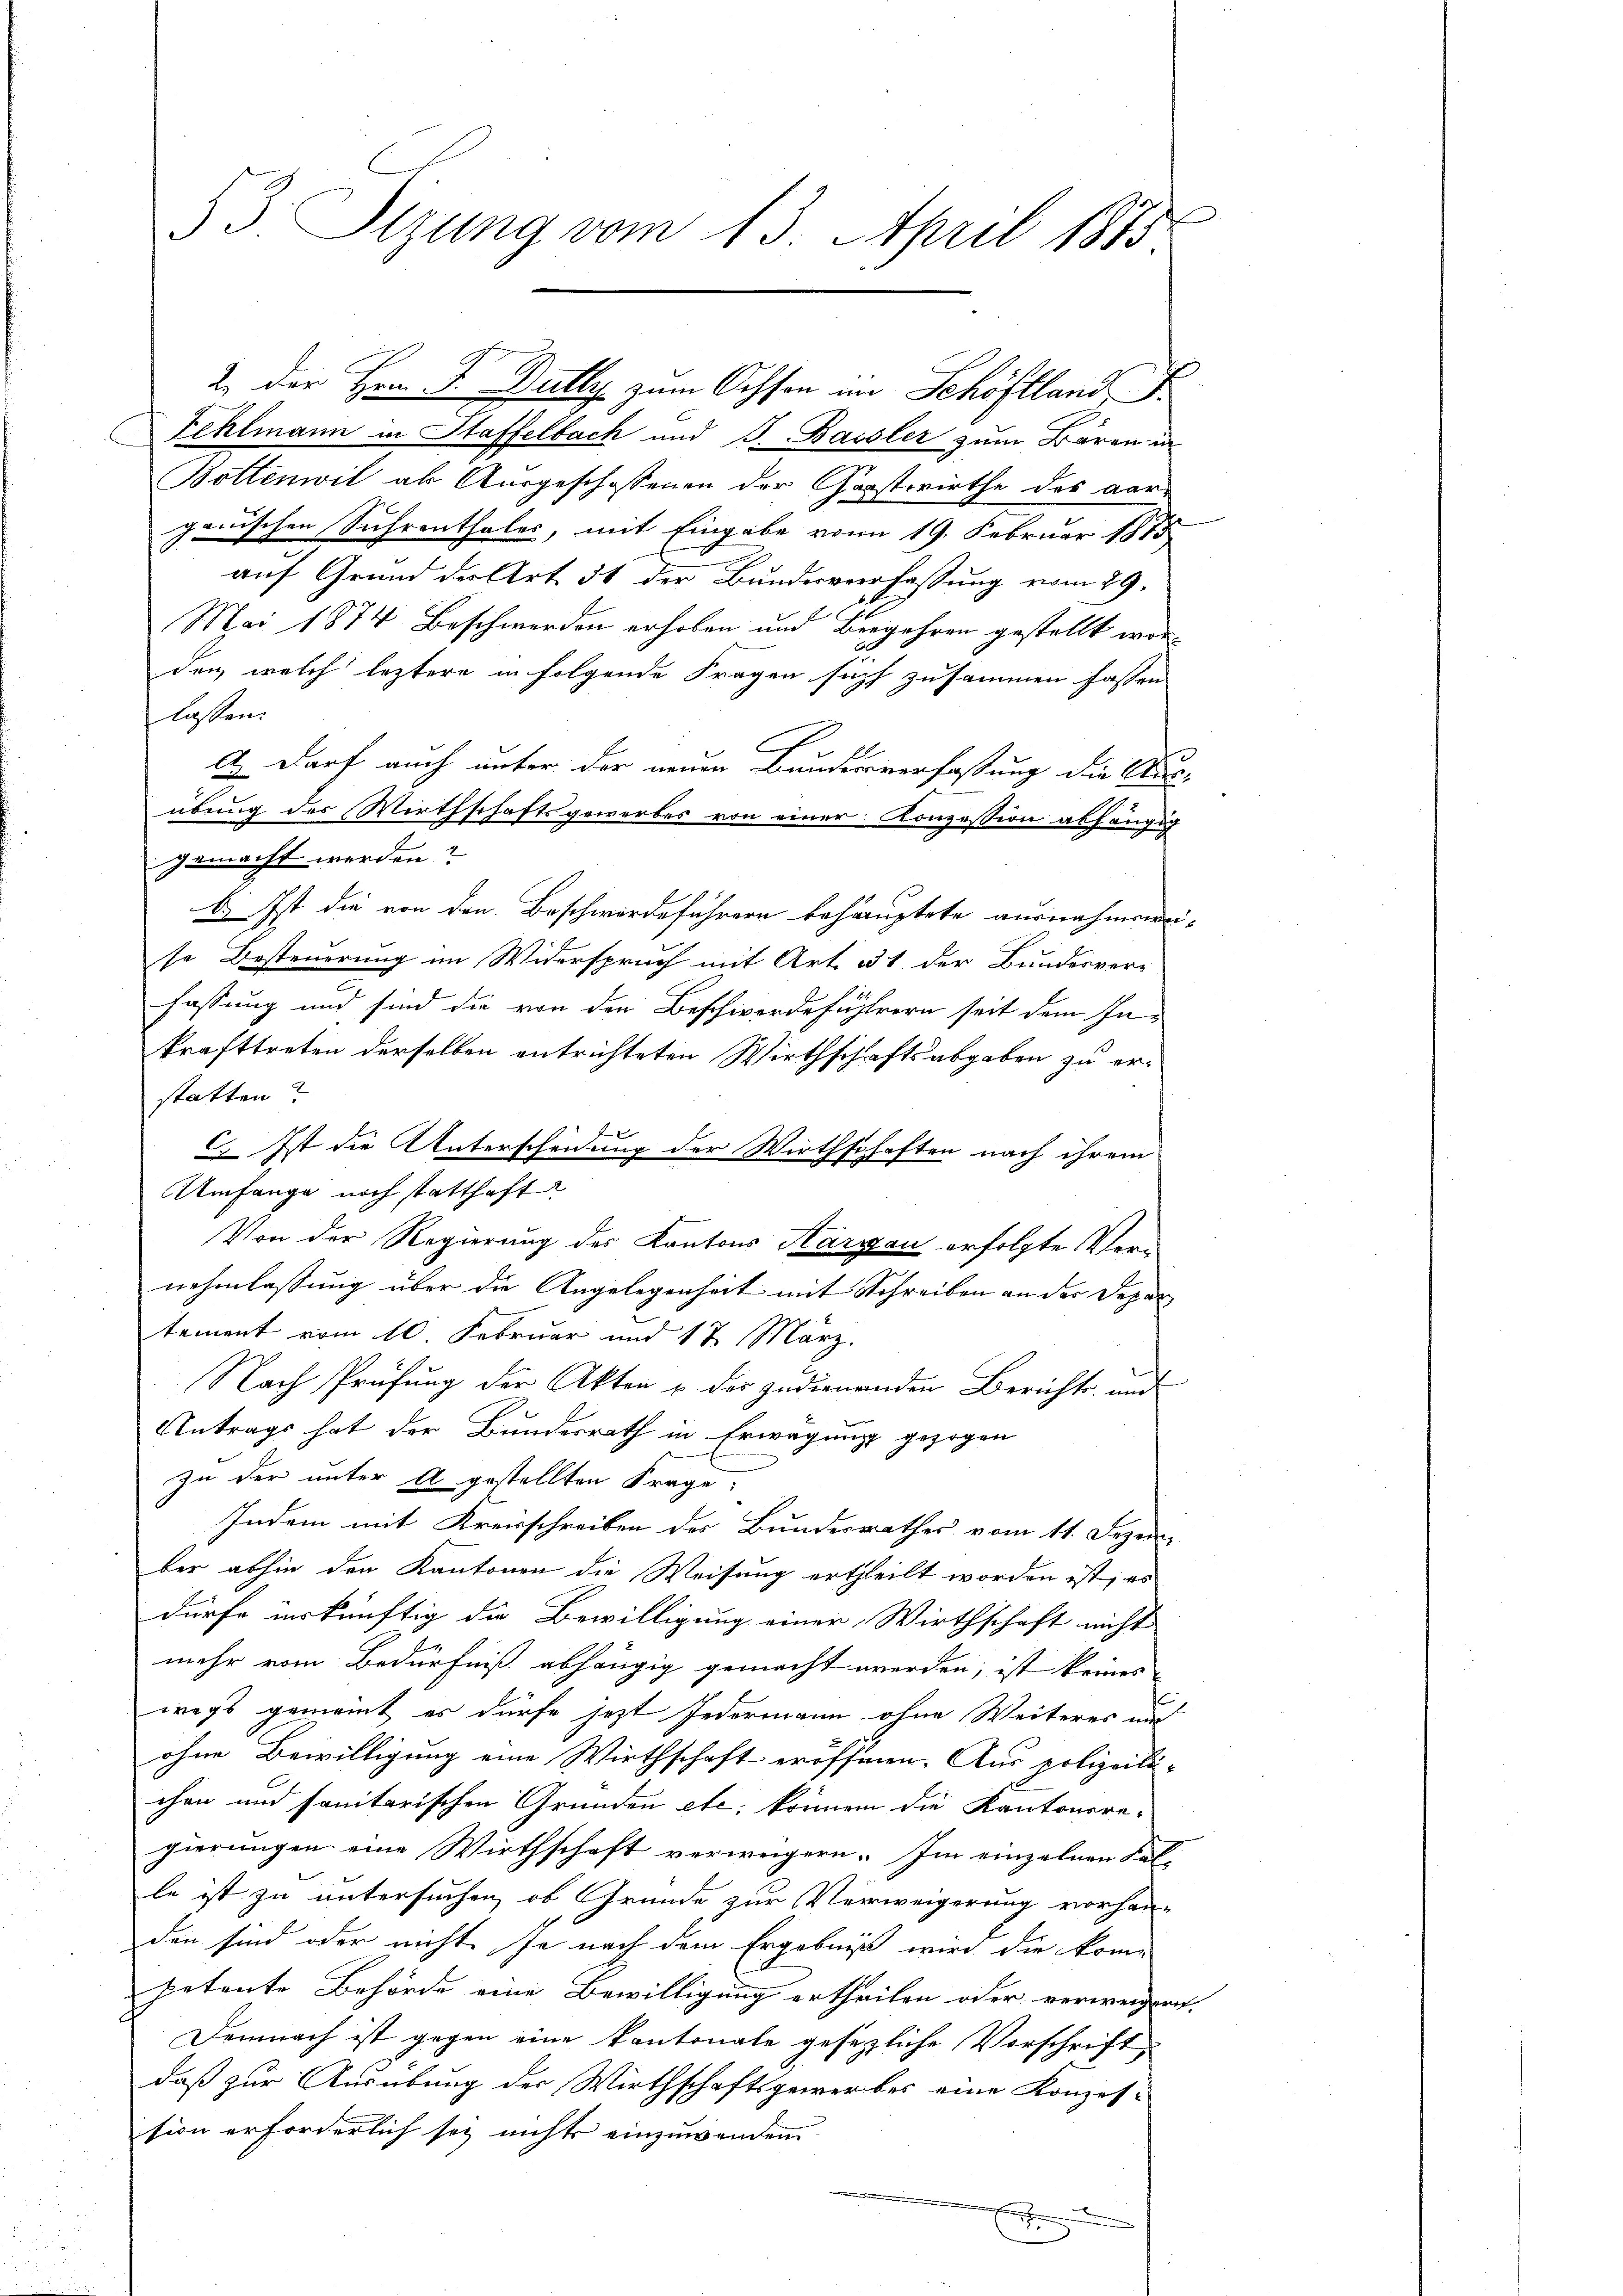
53 Sizung vom 13. April 1883.

Fehlmann in Staffelbach und J. Bassler zum Bären in
Bottenwil als Ausgeschossenen der Gastwirthe des aar-
ganischen Suhrenthales, mit Eingabe vom 19. Februar 1875
auf Grund der Art. 51 der Bundesverfassung vom 29.
Mai 1874. Beschwerden erhoben und Bergehren gestellt wor-
den, welch leztere in folgende Fragen such zusammen fassen
lassen.
A.) Darf auch unter der neuen Bundesverfassung die Aus-
übung des Wirthschaftsgewerbes von einer Konzession abhängig
gemacht werden?
b. Ist die von den Beschwerdeführern behauptete ausnahmenei-
se Besteuerung im Widerspruch mit Art. 31 der Bundesver-
fassung und sind die von der Beschwerdefühlern seit dem In-
krafttreten derselben entrichteten Wirthschaftsabgaben zu erstatten?
f
C. Ist die Unterschauung der Wirthschaften nach ihrem
Umfange noch statthaft
Von der Regierung des Kantons Kargau erfolgte Vernehmlassung über die Angelegenheit mit Schreiben an der Departement vom 10. Februar und 17 März.
Nach Prüfung der Akten & der zudienenden Berichts- und
Antrags hat der Bundesrath in Erwägung gezogen
zu der unter A gestellten Frage:
Indem mit Kreisschreiben des Bundesrathes vom 11. Dezem-
ber abhin den Kantonen die Weisung ertheilt worden ist, es
dürfe inskünftig die Bewilligung einer Wirthschaft nicht
mehr vom Bedürfniß abhängig gemacht werden, ist keines
wegs gemeint es dürfe jezt Jedermann ohne Weiteres un
ohne Bewilligung eine Wirthschaft eröffnen. Aus polizeili-
chen und sanitarischen Gründen etc. können die Kantonere-
gierungen eine Wirthschaft verweigern. Im einzelnen Fal-
le ist zu untersuchen, ob Gründe zur Verweigerung vorhan-
den sind oder nicht je nach dem Ergebniß wird die kompetente Behörde eine Bewilligung ertheilen oder verweigern.
Demnach ist gegen eine Kantonale gesezliche Vorschrift
daß zur Ausübung der Wirthschaftsgewerbes eine Konzes-
sion erforderlich sey nichts einzuwenden

2. Der Hrn. F. Bully zum Ochson im Schöftland I.